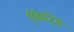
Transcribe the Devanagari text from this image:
रिकेट्सि